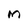
Character: M